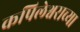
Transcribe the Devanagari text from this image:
कपिलेश्वराच्या